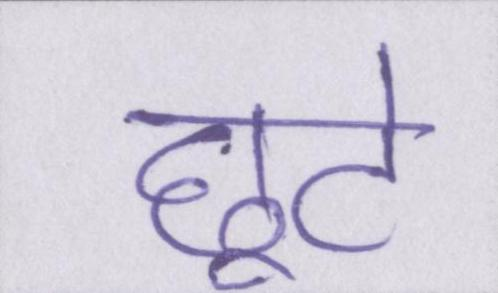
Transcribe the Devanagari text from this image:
छूटे